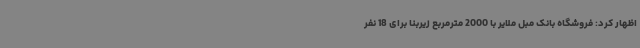
اظهار کرد: فروشگاه بانک مبل ملایر با 2000 مترمربع زیربنا برای 18 نفر